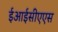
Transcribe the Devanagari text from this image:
ईआईसीएएस